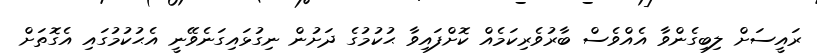
ރައީސަށް ލިބިގެންވާ އެއްވެސް ބާރުވެރިކަމެއް ކޮށްފައިވާ ޙުކުމުގެ ދަށުން ނިގުޅައިގަނެވޭނީ އެޙުކުމުގައި އެގޮތަށް